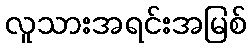
လူသားအရင်းအမြစ်